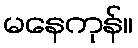
မနေကုန်။